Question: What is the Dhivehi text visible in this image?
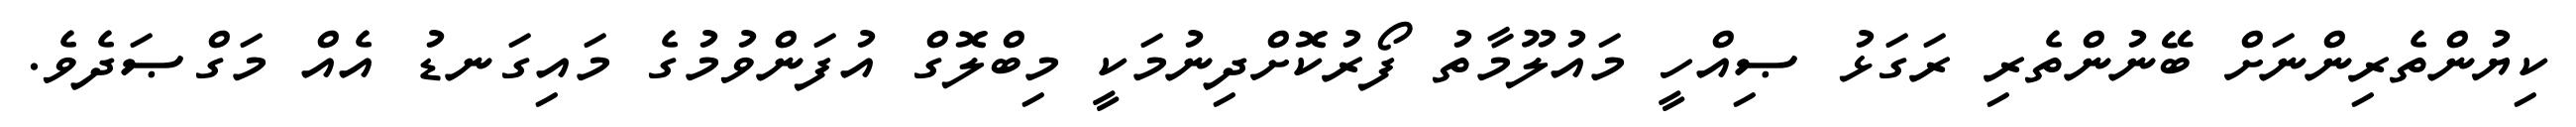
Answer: ކިޔުންތެރިންނަށް ބޭނުންތެރި ރަގަޅު ޞިއްހީ މައުލޫމާތު ފޯރުކޮށްދިނުމަކީ މިބްލޮގް އުފަންވުމުގެ މައިގަނޑު އެއް މަގްޞަދެވެ.